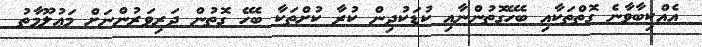
އެއްކިބާވާނެ ގޮތްތަކާއި ބެހޭގޮތުންނާއި ކުޑަކުދިން ކުރާ ކުށްތަކާ ބެހޭ ގޮތުން ދަރިވަރުންނަށް މަޢުލޫމާތު